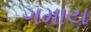
ગમાય